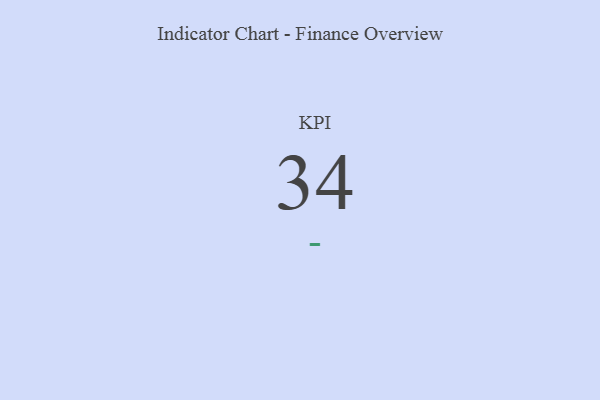
{"axis": {"x": "KPI", "y": "Value"}, "legend": [""], "data": [{"x": "KPI", "y": 34, "type": ""}]}